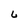
Character: 6